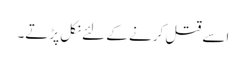
اسے قتل کرنے کے لئے نکل پڑتے۔